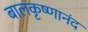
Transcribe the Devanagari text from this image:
बालकृष्णानंद